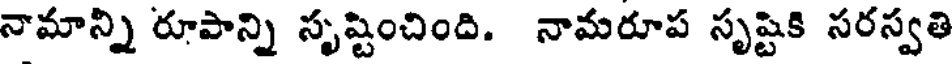
నామాన్ని రూపాన్ని సృష్టించింది. నామరూప సృష్టికి సరస్వతి